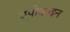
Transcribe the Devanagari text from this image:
एपोक्राइन